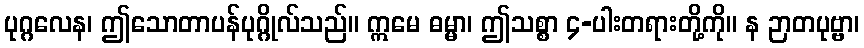
ပုဂ္ဂလေန၊ ဤသောတာပန်ပုဂ္ဂိုလ်သည်။ ဣမေ ဓမ္မာ၊ ဤသစ္စာ ၄-ပါးတရားတို့ကို။ န ဉာတပုဗ္ဗာ၊